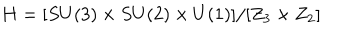
H = [ S U ( 3 ) \times S U ( 2 ) \times U ( 1 ) ] / [ Z _ { 3 } \times Z _ { 2 } ]